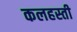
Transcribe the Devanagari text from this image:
कलहस्ती